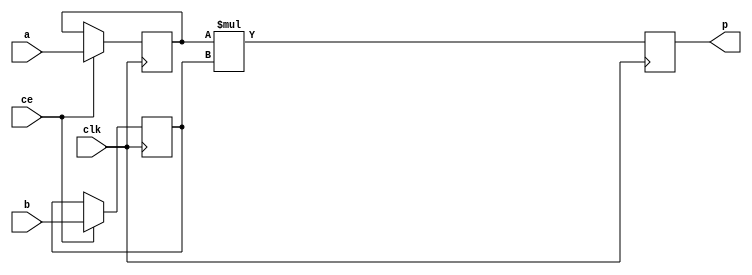
module mkmultfinal(clk, a, b, p,ce);
input clk;
input ce;
(*keep = "True"*)input signed[16 - 1 : 0] a;
(*keep = "True"*)input signed[16 - 1 : 0] b;
output[32 - 1 : 0] p;
reg signed  [16 - 1 : 0] a_reg0;
reg signed  [16 - 1 : 0] b_reg0;
wire signed [32 - 1 : 0] tmp_product;
reg signed  [32 - 1 : 0] p;
assign tmp_product[31:0] = $signed(a_reg0[15:0]) * $signed(b_reg0[15:0]);
always @ (posedge clk) begin
if(ce) begin
a_reg0 <= a;
b_reg0 <= b;
end
p <= tmp_product; 
end
endmodule